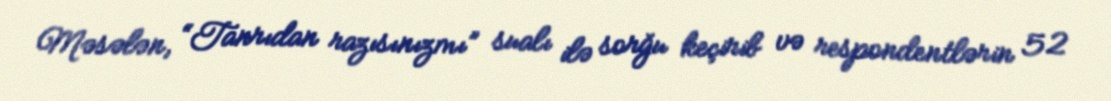
Məsələn, “Tanrıdan razısınızmı” sualı ilə sorğu keçirib və respondentlərin 52